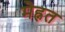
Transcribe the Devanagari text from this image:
मेह्नत